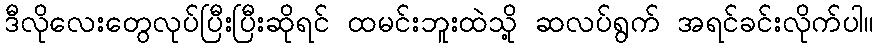
ဒီလိုလေးတွေလုပ်ပြီးပြီးဆိုရင် ထမင်းဘူးထဲသို့ ဆလပ်ရွက် အရင်ခင်းလိုက်ပါ။